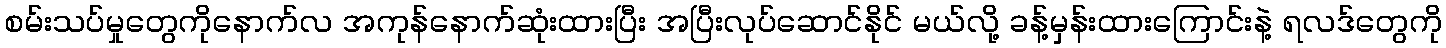
စမ်းသပ်မှုတွေကိုနောက်လ အကုန်နောက်ဆုံးထားပြီး အပြီးလုပ်ဆောင်နိုင် မယ်လို့ ခန့်မှန်းထားကြောင်းနဲ့ ရလဒ်တွေကို